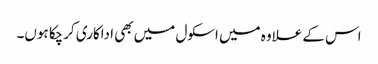
اس کے علاوہ میں اسکول میں بھی اداکاری کرچکا ہوں۔